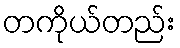
တကိုယ်တည်း